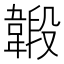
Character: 𩏇